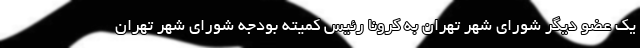
یک عضو دیگر شورای شهر تهران به کرونا رئیس کمیته بودجه شورای شهر تهران